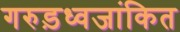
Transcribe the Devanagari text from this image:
गरुड़ध्वजांकित